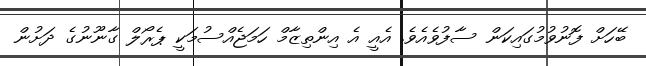
ބޭހަށް ފޮނުވުމުގައިކަން ސާފުވެއެވެ. އެއީ އެ އިންތިޒާމް ހަމަޖެއްސުމަކީ ޕެރޯލް ގާނޫނުގެ ދަށުން